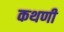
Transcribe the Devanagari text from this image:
कथणी